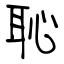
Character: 恥